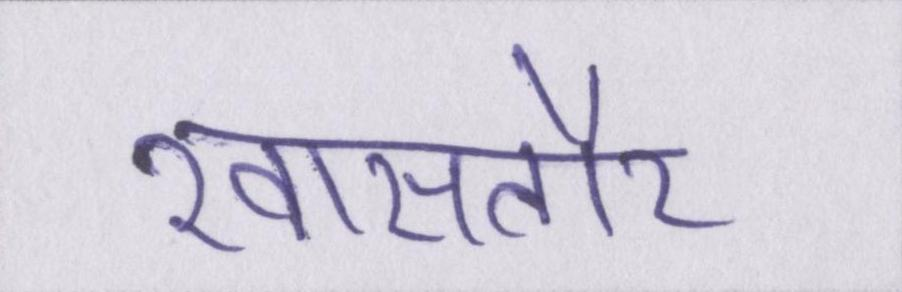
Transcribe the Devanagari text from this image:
खासतौर